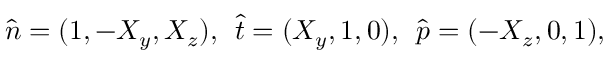
\hat { n } = ( 1 , - X _ { y } , X _ { z } ) , \: \: \hat { t } = ( X _ { y } , 1 , 0 ) , \: \: \hat { p } = ( - X _ { z } , 0 , 1 ) ,